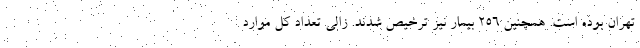
تهران بوده است. همچنین ۲۵۶ بیمار نیز ترخیص شدند. زالی تعداد کل موارد